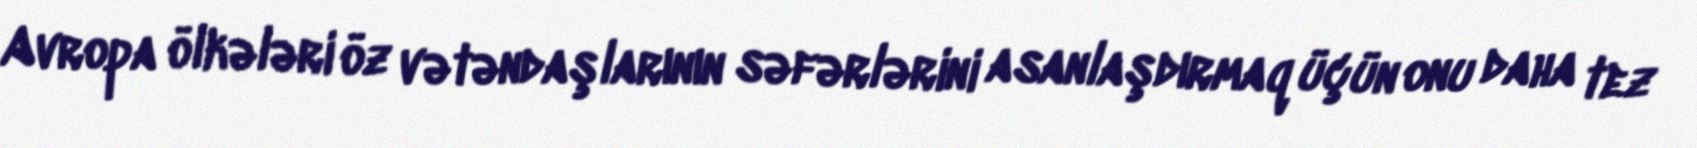
Avropa ölkələri öz vətəndaşlarının səfərlərini asanlaşdırmaq üçün onu daha tez